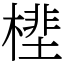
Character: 㯇